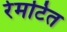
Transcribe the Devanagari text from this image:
रेमटित